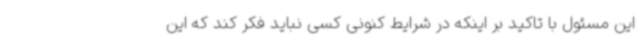
این مسئول با تاکید بر اینکه در شرایط کنونی کسی نباید فکر کند که این